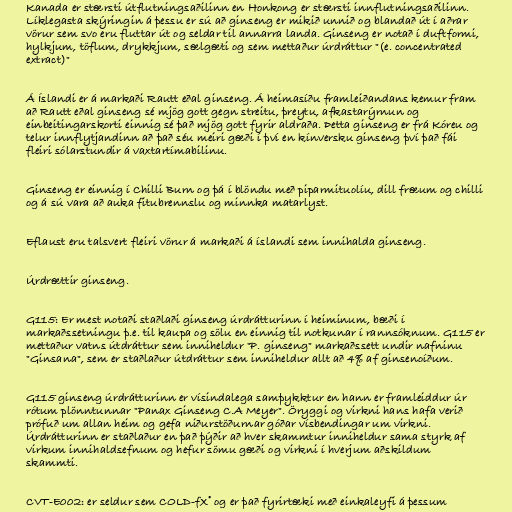
Kanada er stærsti útflutningsaðilinn en Honkong er stærsti innflutningsaðilinn.
Líklegasta skýringin á þessu er sú að ginseng er mikið unnið og blandað út í aðrar
vörur sem svo eru fluttar út og seldar til annarra landa. Ginseng er notað í duftformi,
hylkjum, töflum, drykkjum, sælgæti og sem mettaður úrdráttur "(e. concentrated
extract)"

Á Íslandi er á markaði Rautt eðal ginseng. Á heimasíðu framleiðandans kemur fram
að Rautt eðal ginseng sé mjög gott gegn streitu, þreytu, afkastarýrnun og
einbeitingarskorti einnig sé það mjög gott fyrir aldraða. Þetta ginseng er frá Kóreu og
telur innflytjandinn að það séu meiri gæði í því en kínversku ginseng því það fái
fleiri sólarstundir á vaxtartímabilinu.

Ginseng er einnig í Chilli Burn og þá í blöndu með piparmituolíu, dill fræum og chilli
og á sú vara að auka fitubrennslu og minnka matarlyst.

Eflaust eru talsvert fleiri vörur á markaði á íslandi sem innihalda ginseng.

Úrdrættir ginseng.

G115: Er mest notaði staðlaði ginseng úrdrátturinn í heiminum, bæði í
markaðssetningu þ.e. til kaupa og sölu en einnig til notkunar í rannsóknum. G115 er
mettaður vatns útdráttur sem inniheldur "P. ginseng" markaðssett undir nafninu
"Ginsana", sem er staðlaður útdráttur sem inniheldur allt að 4% af ginsenoíðum.

G115 ginseng úrdrátturinn er vísindalega samþykktur en hann er framleiddur úr
rótum plönntunnar "Panax Ginseng C.A Meyer". Öryggi og virkni hans hafa verið
prófuð um allan heim og gefa niðurstöðurnar góðar vísbendingar um virkni.
Úrdrátturinn er staðlaður en það þýðir að hver skammtur inniheldur sama styrk af
virkum innihaldsefnum og hefur sömu gæði og virkni í hverjum aðskildum
skammti.

CVT-E002: er seldur sem COLD-fX® og er það fyrirtæki með einkaleyfi á þessum